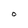
Character: O